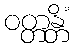
ဝတ္တန္တိံ